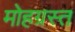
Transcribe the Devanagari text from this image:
मोहग्रस्त